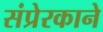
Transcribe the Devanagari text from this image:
संप्रेरकाने